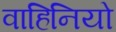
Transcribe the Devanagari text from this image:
वाहिनियो